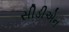
સીડીએન